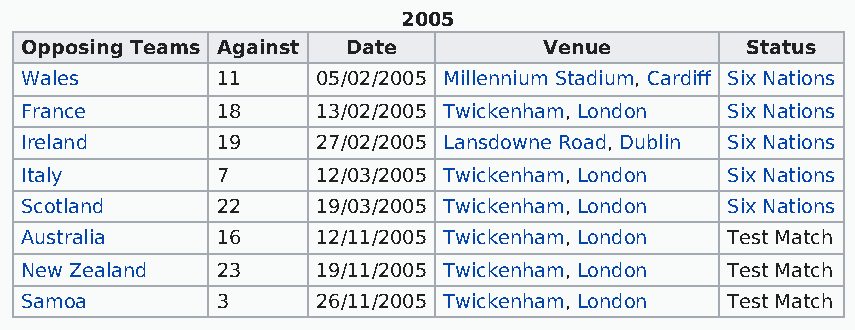
2005
 Opposing Teams Against Date        Venue        Status
 Wales        11     05/02/2005 Millennium Stadium, Cardiff Six Nations
 France       18     13/02/2005 Twickenham, London Six Nations
 Ireland      19     27/02/2005 Lansdowne Road, Dublin Six Nations
 Italy        7      12/03/2005 Twickenham, London Six Nations
 Scotland     22     19/03/2005 Twickenham, London Six Nations
 Australia    16     12/11/2005 Twickenham, London Test Match
 New Zealand  23     19/11/2005 Twickenham, London Test Match
 Samoa        3      26/11/2005 Twickenham, London Test Match